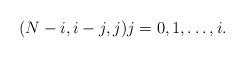
LaTeX: \begin{align*}(N-i, i-j, j) j=0,1,\ldots,i.\end{align*}